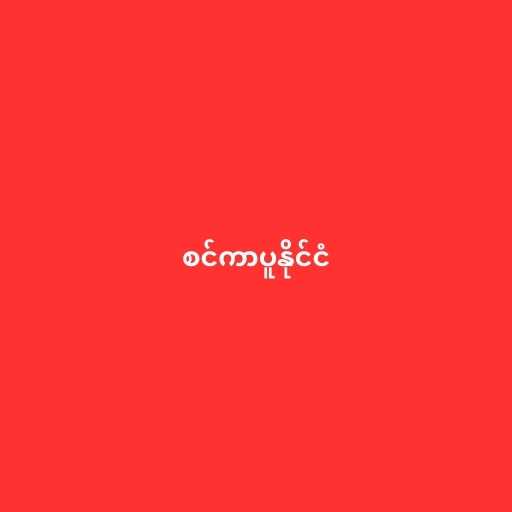
စင်ကာပူနိုင်ငံ